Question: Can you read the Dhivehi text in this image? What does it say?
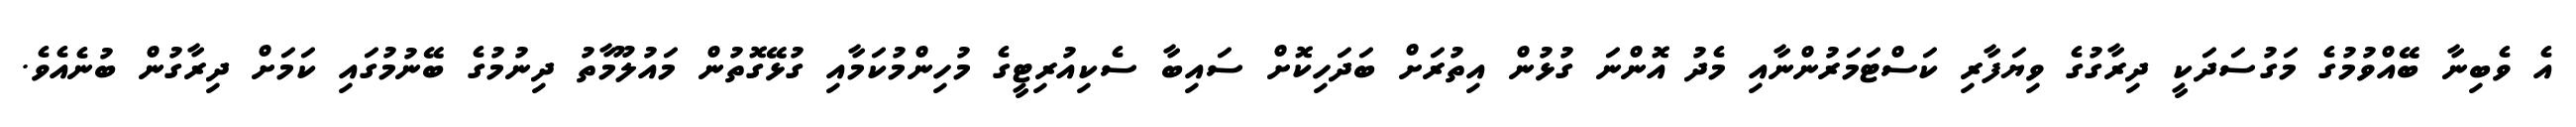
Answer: އެ ވެބިނާ ބޭއްވުމުގެ މަގުސަދަކީ ދިރާގުގެ ވިޔަފާރި ކަސްޓަމަރުންނާއި މެދު އޮންނަ ގުޅުން އިތުރަށް ބަދަހިކޮށް ސައިބާ ސެކިއުރިޓީގެ މުހިންމުކަމާއި ގުޅޭގޮތުން މައުލޫމާތު ދިނުމުގެ ބޭނުމުގައި ކަމަށް ދިރާގުން ބުނެއެވެ.